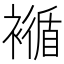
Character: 𧝩